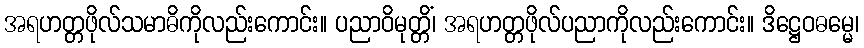
အရဟတ္တဖိုလ်သမာဓိကိုလည်းကောင်း။ ပညာဝိမုတ္တိံ၊ အရဟတ္တဖိုလ်ပညာကိုလည်းကောင်း။ ဒိဋ္ဌေဝဓမ္မေ၊